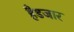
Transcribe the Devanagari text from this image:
हैडजार